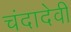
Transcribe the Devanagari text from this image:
चंदादेवी